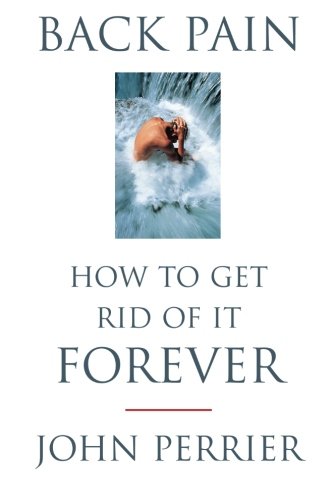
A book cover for Back Pain : How to Get Rid of it Forever; Mr John Perrier; Health, Fitness & Dieting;